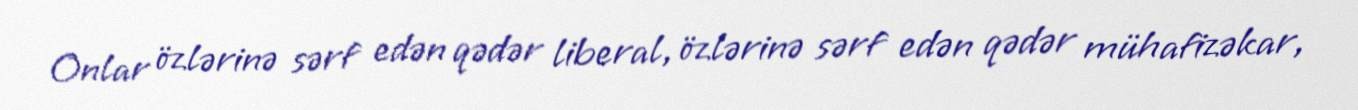
Onlar özlərinə sərf edən qədər liberal, özlərinə sərf edən qədər mühafizəkar,